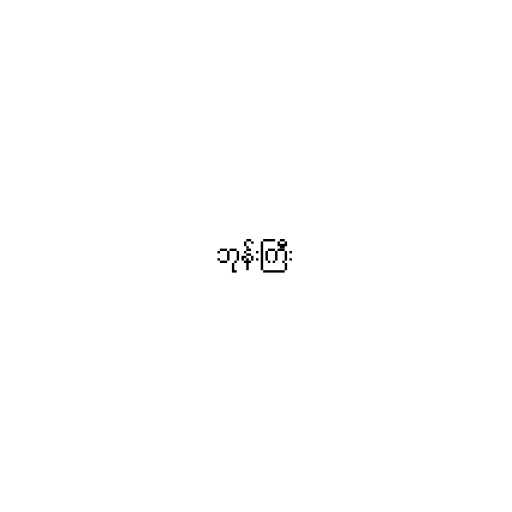
ဘုန်းကြီး